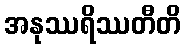
အနုဿရိဿတီတိ